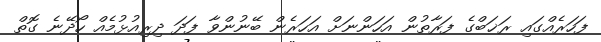
ފަހަރެއްގައި ރަޚަބްގެ ފަރާތުން އަހަންނަށް އަހަރެން ބޭނުންވާ ފަދަ ދިރިއުޅުމެއް ހޯދޭނެ ގޮތް